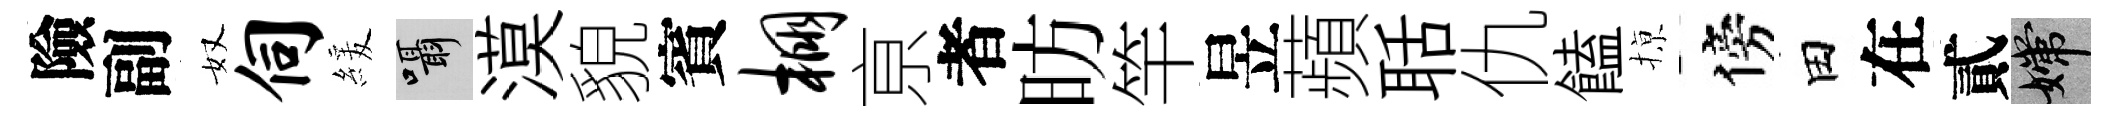
險副奴伺緩囁漠貌賓棚亰者昉竿昱蘋聒仇饁𢱊傍田在貳嫦